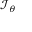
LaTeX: \scriptstyle { \mathcal { I } } _ { \theta }